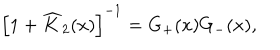
\left[ 1 + \widehat { K } _ { 2 } ( x ) \right] ^ { - 1 } = G _ { + } ( x ) G _ { - } ( x ) ,